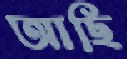
আছি